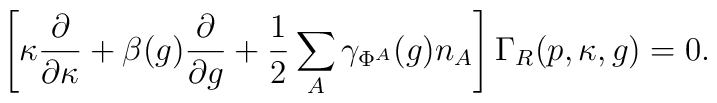
\left[ \kappa \frac{\partial}{\partial \kappa} + \beta(g)\frac{\partial}{\partial g} + \frac{1}{2} \sum_{A} \gamma_{\Phi^A}(g)n_A\right] \Gamma_R(p,\kappa,g)=0.